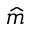
\widehat { m }